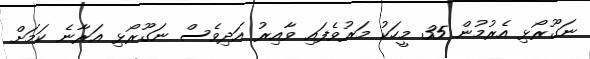
ނަގޫރޯޅި އެރުމުން 35 މީހަކު މަރުުވެފައި ވާއިރު އަދިވެސް ނަގޫރޯޅި އަރާނެ ކަމަށް